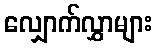
လျှောက်လွှာများ